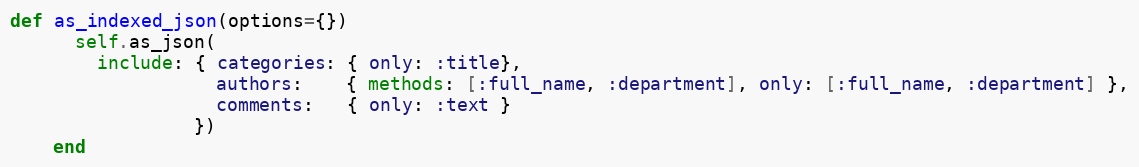
Language: Ruby
def as_indexed_json(options={})
      self.as_json(
        include: { categories: { only: :title},
                   authors:    { methods: [:full_name, :department], only: [:full_name, :department] },
                   comments:   { only: :text }
                 })
    end